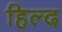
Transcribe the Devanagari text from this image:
हिल्द